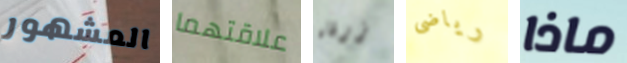
المشهور علاقتهما زرقاء رياضى ماذا